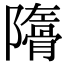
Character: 𩩜